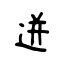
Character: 迸